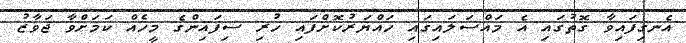
އެނގިފައިވާ ގޮތުގައި އެ މައްސަލައިގައި ހައްޔަރުކޮށްފައި ހުރި ސިފައިންގެ މީހެއް ކަމަށްވާ ޖަވާޒު